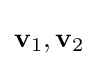
\mathbf {v} _{1},\mathbf {v} _{2}